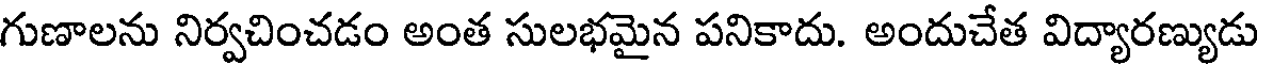
గుణాలను నిర్వచించడం అంత సులభమైన పనికాదు. అందుచేత విద్యారణ్యుడు